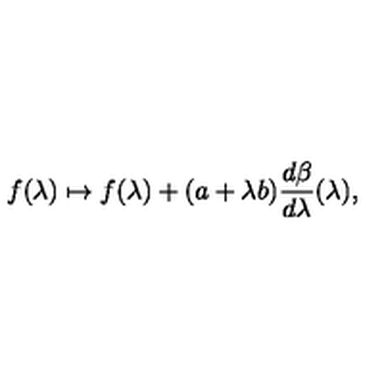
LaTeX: f ( \lambda ) \mapsto f ( \lambda ) + ( a + \lambda b ) \frac { d \beta } { d \lambda } ( \lambda ) ,